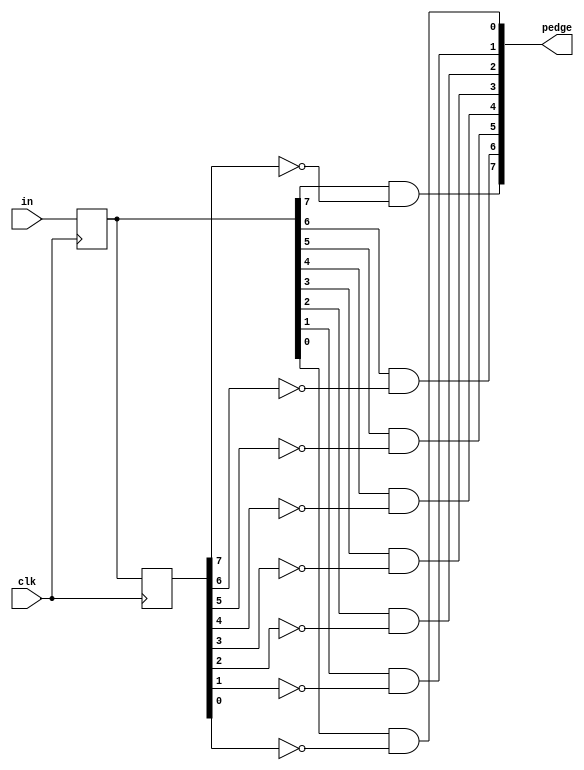
module top_module (
    input clk,
    input [7:0] in,
    output [7:0] pedge
);
    reg [7:0] one_delay;
    reg [7:0] two_delay;

    always @(posedge clk) begin
        one_delay <= in;
        two_delay <= one_delay;
    end
    
    assign pedge[7] = one_delay[7] & ~two_delay[7];  
    assign pedge[6] = one_delay[6] & ~two_delay[6];
    assign pedge[5] = one_delay[5] & ~two_delay[5];
    assign pedge[4] = one_delay[4] & ~two_delay[4];
    assign pedge[3] = one_delay[3] & ~two_delay[3];
    assign pedge[2] = one_delay[2] & ~two_delay[2];
    assign pedge[1] = one_delay[1] & ~two_delay[1];
    assign pedge[0] = one_delay[0] & ~two_delay[0];

endmodule